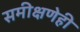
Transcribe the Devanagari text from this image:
समीक्षणेही